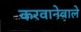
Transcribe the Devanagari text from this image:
करवानेवाले